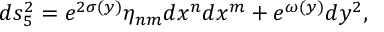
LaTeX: d s _ { 5 } ^ { 2 } = e ^ { 2 \sigma ( y ) } \eta _ { n m } d x ^ { n } d x ^ { m } + e ^ { \omega ( y ) } d y ^ { 2 } ,